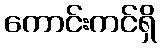
ကောင်းကင်ရှိ